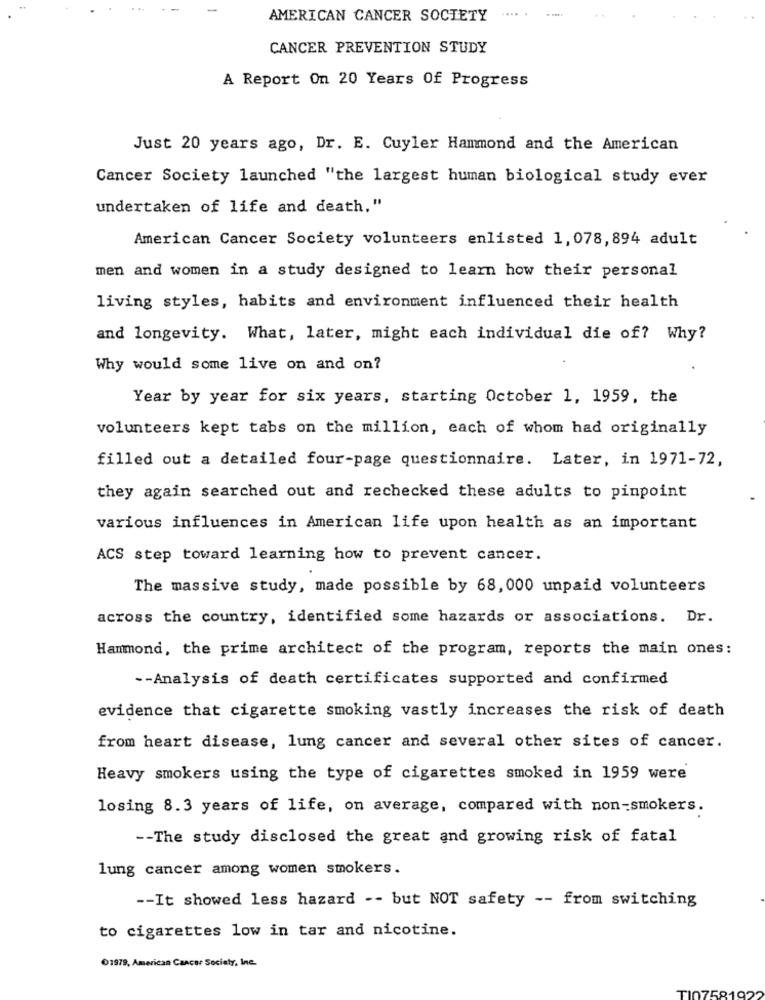
AMERICAN CANCER SOCIETY
CANCER PREVENTION STUDY
A Report On 20 Years Of Progress
Just 20 years ago, Dr. E. Cuyler Hammond and the American
Cancer Society launched "the largest human biological study ever
undertaken of life and death."
American Cancer Society volunteers enlisted 1, 078,894 adult
men and women in a study designed to learn how their personal
living styles, habits and environment influenced their health
and longevity. What, later, might each individual die of? Why?
Why would some live on and on?
Year by year for six years, starting October 1, 1959, the
volunteers kept tabs on the million, each of whom had originally
filled out a detailed four-page questionnaire. Later, in 1971-72,
they again searched out and rechecked these adults to pinpoint
various influences in American life upon health as an important
ACS step toward learning how to prevent cancer.
The massive study, made possible by 68, 000 unpaid volunteers
across the country, identified some hazards or associations. Dr.
Hanmond, the prime architect of the program, reports the main ones:
-- Analysis of death certificates supported and confirmed
evidence that cigarette smoking vastly increases the risk of death
from heart disease, lung cancer and several other sites of cancer.
Heavy smokers using the type of cigarettes smoked in 1959 were
losing 8.3 years of life, on average, compared with non-smokers.
-- The study disclosed the great and growing risk of fatal
lung cancer among women smokers.
-- It showed less hazard -- but NOT safety -- from switching
to cigarettes low in tar and nicotine.
01979, American Cancer Society, Inc.
7581